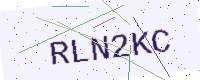
Text: RLN2KC